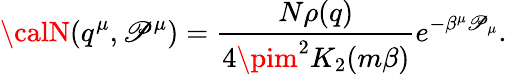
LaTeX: {\calN}(q^{\mu},\mathscr{P}^{\mu})={\frac{{N\rho(q)}}{{4\pim^{2}K_{2}(m\beta)}}}e^{-\beta^{\mu}\mathscr{P}_{\mu}}.